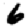
Digit: 6